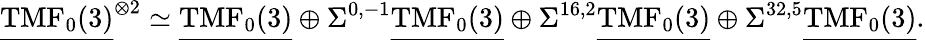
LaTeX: \underline{{\mathrm{TMF}_{0}(3)}}^{\otimes 2}\simeq\underline{{\mathrm{TMF}_{0}(3)}}\oplus\Sigma^{0,-1}\underline{{\mathrm{TMF}_{0}(3)}}\oplus\Sigma^{16,2}\underline{{\mathrm{TMF}_{0}(3)}}\oplus\Sigma^{32,5}\underline{{\mathrm{TMF}_{0}(3)}}.